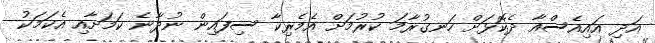
އަދި އައިއެސްއާ ދެކޮޅަށް ހަނގުރާމަ ކުރުމަށް އެމެރިކާ ސިފައިން ނުދާނެ ކަމަށާއި އެކަމަކު